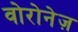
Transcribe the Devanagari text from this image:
वोरोनेज़